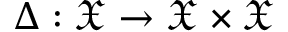
\Delta : { \mathfrak { X } } \to { \mathfrak { X } } \times { \mathfrak { X } }